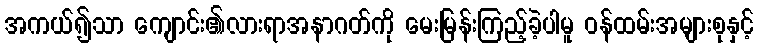
အကယ်၍သာ ကျောင်း၏လားရာအနာဂတ်ကို မေးမြန်းကြည့်ခဲ့ပါမူ ဝန်ထမ်းအများစုနှင့်